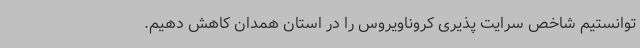
توانستیم شاخص سرایت پذیری کروناویروس را در استان همدان کاهش دهیم.